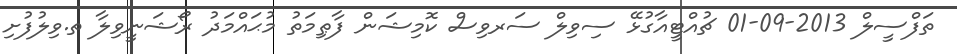
ތަފްސީލް 2013-09-01 ޗުއްޓީއާގުޅޭ ސިވިލް ސަރވިސް ކޮމިޝަން ފާޠިމަތު މުޙައްމަދު ރޯޝަނީވިލާ ތ.ވިލުފުށި